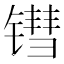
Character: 𬭬